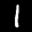
Label: 1